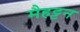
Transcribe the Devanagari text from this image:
मैहट्टन